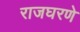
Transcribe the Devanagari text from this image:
राजघरणे